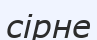
сірне